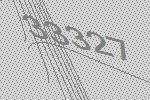
33327